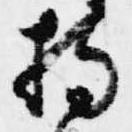
持